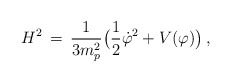
\begin{align*}H^2 \, = \, {1 \over {3 m_p^2}} \bigl( {1 \over 2} {\dot{\varphi}}^2 + V(\varphi) \bigr) \, ,\end{align*}